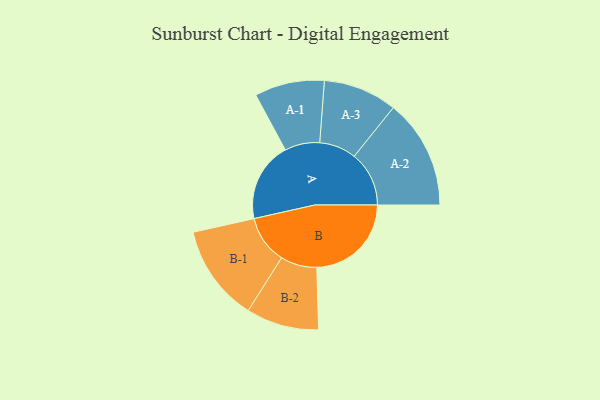
{"axis": {"x": "Segment", "y": "Value"}, "legend": ["", "A", "B"], "data": [{"x": "A", "y": 280, "type": ""}, {"x": "B", "y": 333, "type": ""}, {"x": "A-1", "y": 123, "type": "A"}, {"x": "A-2", "y": 193, "type": "A"}, {"x": "A-3", "y": 130, "type": "A"}, {"x": "B-1", "y": 170, "type": "B"}, {"x": "B-2", "y": 128, "type": "B"}]}